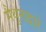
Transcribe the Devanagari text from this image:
मैथुनाद्वारे